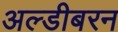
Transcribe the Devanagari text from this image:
अल्डीबरन